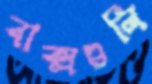
বাক্সগুলি